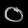
Digit: ၀